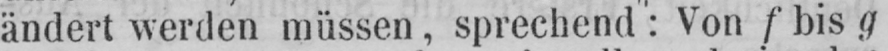
ändert werden müssen, sprechend: Von f bis g